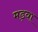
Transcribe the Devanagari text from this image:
मड़वा